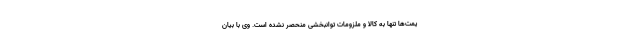
یمت‌ها تنها به کالا و ملزومات توانبخشی منحصر نشده است. وی با بیان